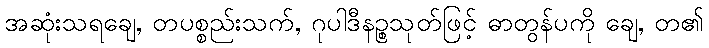
အဆုံးသရချေ, တပစ္စည်းသက်, ဂုပါဒီနဉ္စသုတ်ဖြင့် ဓာတွန်ပကို ချေ, တ၏